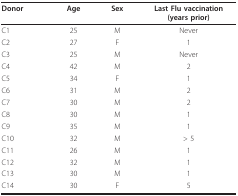
<table><thead><tr><td><b>Donor</b></td><td><b>Age</b></td><td><b>Sex</b></td><td><b>Last Flu vaccination(years prior)</b></td></tr></thead><tbody><tr><td>C1</td><td>25</td><td>M</td><td>Never</td></tr><tr><td>C2</td><td>27</td><td>F</td><td>1</td></tr><tr><td>C3</td><td>25</td><td>M</td><td>Never</td></tr><tr><td>C4</td><td>42</td><td>M</td><td>2</td></tr><tr><td>C5</td><td>34</td><td>F</td><td>1</td></tr><tr><td>C6</td><td>31</td><td>M</td><td>2</td></tr><tr><td>C7</td><td>30</td><td>M</td><td>2</td></tr><tr><td>C8</td><td>30</td><td>M</td><td>1</td></tr><tr><td>C9</td><td>35</td><td>M</td><td>1</td></tr><tr><td>C10</td><td>32</td><td>M</td><td>&gt; 5</td></tr><tr><td>C11</td><td>26</td><td>M</td><td>1</td></tr><tr><td>C12</td><td>32</td><td>M</td><td>1</td></tr><tr><td>C13</td><td>30</td><td>M</td><td>1</td></tr><tr><td>C14</td><td>30</td><td>F</td><td>5</td></tr></tbody></table>